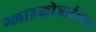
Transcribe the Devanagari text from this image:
ग्लाइकोजाईलेशन